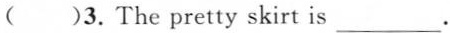
( )3.The pretty skirt is ___.